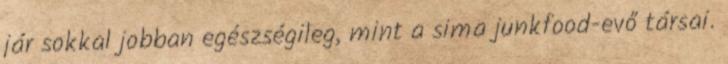
jár sokkal jobban egészségileg, mint a sima junkfood-evő társai.